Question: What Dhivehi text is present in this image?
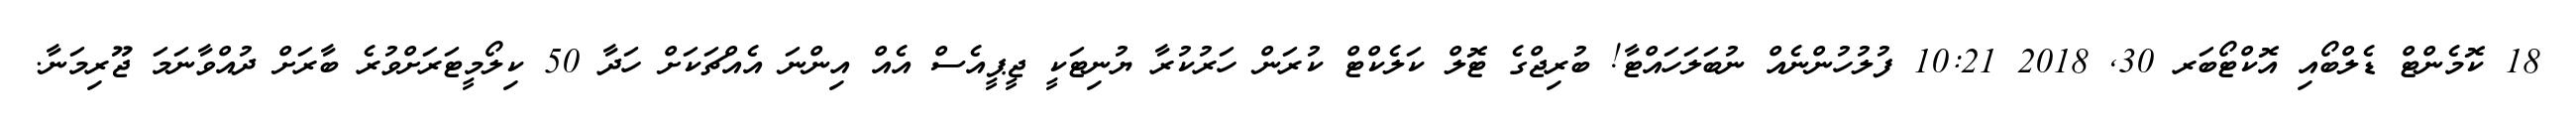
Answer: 18 ކޮމެންޓް ޑެލްބޯއި އޮކްޓޯބަރ 30, 2018 10:21 ފުލުހުންނެއް ނުބަލަހައްޓާ! ބުރިޖްގެ ޓޮލް ކަލެކްޓް ކުރަން ހަރުކުރާ ޔުނިޓަކީ ޖީޕީއެސް އެއް އިންނަ އެއްޗަކަށް ހަދާ 50 ކިލޯމީޓަރަށްވުރެ ބާރަށް ދުއްވާނަމަ ޖޫރިމަނާ.